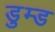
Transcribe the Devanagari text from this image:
डुम्ड